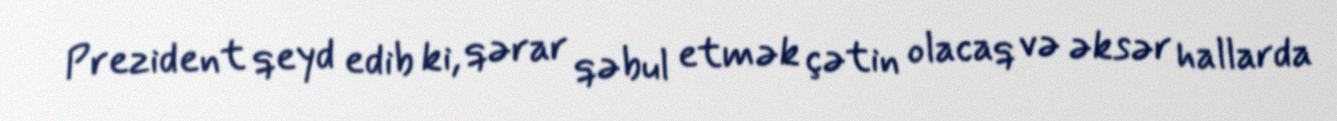
Prezident qeyd edib ki, qərar qəbul etmək çətin olacaq və əksər hallarda